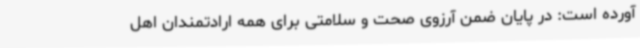
آورده است: در پایان ضمن آرزوی صحت و سلامتی برای همه ارادتمندان اهل